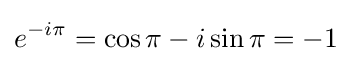
e^{-i\pi }=\cos {\pi }-i\sin {\pi }=-1